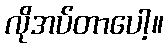
လိုအပ်တာပေါ့။